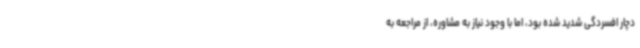
دچار افسردگی شدید شده بود، اما با وجود نیاز به مشاوره، از مراجعه به